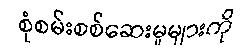
စုံစမ်းစစ်ဆေးမှုများကို